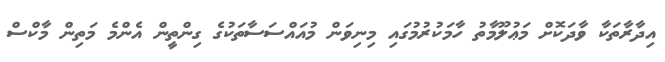
އިދާރާތަކާ ވާދަކޮށް މަޢުލޫމާތު ހާމަކުރުމުގައި މިނިވަން މުއައްސަސާތަކުގެ ގިންތީން އެންމެ މަތިން މާކްސް